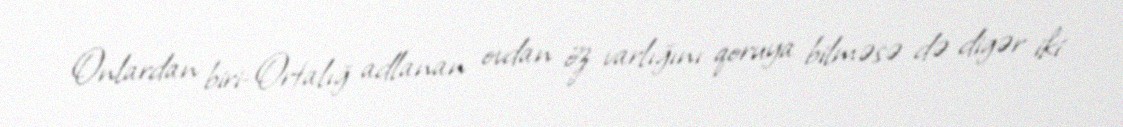
Onlardan biri-Ortalığ adlanan ovdan öz varlığını qoruya bilməsə də digər iki